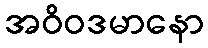
အဝိဝဒမာနော